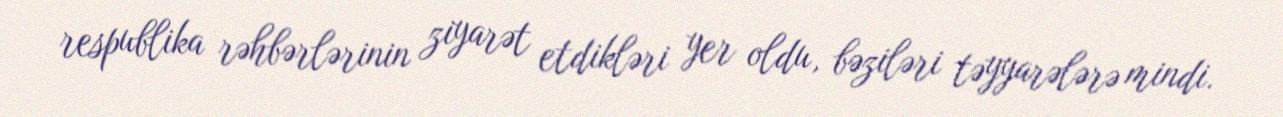
respublika rəhbərlərinin ziyarət etdikləri yer oldu, bəziləri təyyarələrə mindi.